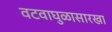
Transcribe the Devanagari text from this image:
वटवाघुळासारखा